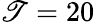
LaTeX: \mathscr{T}=20